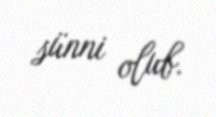
sünni olub.